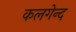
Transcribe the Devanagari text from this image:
कलगेन्द